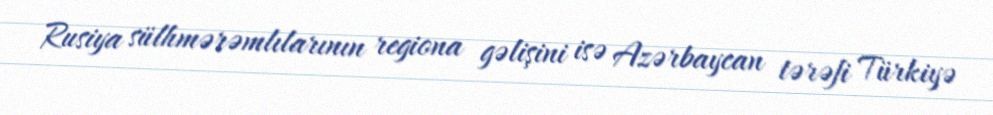
Rusiya sülhmərəmlılarının regiona gəlişini isə Azərbaycan tərəfi Türkiyə